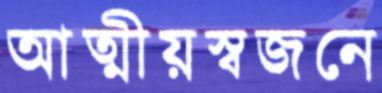
আত্মীয়স্বজনে